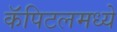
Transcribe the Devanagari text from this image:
कॅपिटलमध्ये